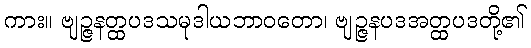
ကား။ ဗျဉ္ဇနတ္ထပဒသမုဒါယဘာဝတော၊ ဗျဉ္ဇနပဒအတ္ထပဒတို့၏